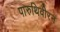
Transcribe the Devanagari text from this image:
पारुथिवीरन